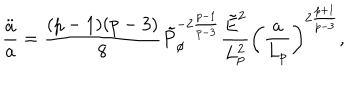
{ \frac { \ddot { a } } { a } } = { \frac { ( p - 1 ) ( p - 3 ) } { 8 } } \tilde { P } _ { \phi } ^ { - 2 { \frac { p - 1 } { p - 3 } } } { \frac { \tilde { E } ^ { 2 } } { L _ { p } ^ { 2 } } } \left( { \frac { a } { L _ { p } } } \right) ^ { 2 { \frac { p + 1 } { p - 3 } } } ,